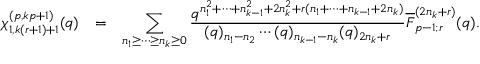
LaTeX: \begin{array} { r c l } { { \chi _ { 1 , k ( r + 1 ) + 1 } ^ { ( p , k p + 1 ) } ( q ) } } & { { = } } & { { \displaystyle \sum _ { n _ { 1 } \geq \cdots \geq n _ { k } \geq 0 } \frac { q ^ { n _ { 1 } ^ { 2 } + \cdots + n _ { k - 1 } ^ { 2 } + 2 n _ { k } ^ { 2 } + r ( n _ { 1 } + \cdots + n _ { k - 1 } + 2 n _ { k } ) } } { ( q ) _ { n _ { 1 } - n _ { 2 } } \cdots ( q ) _ { n _ { k - 1 } - n _ { k } } ( q ) _ { 2 n _ { k } + r } } \overline { { { F } } } _ { p - 1 ; r } ^ { ( 2 n _ { k } + r ) } ( q ) . } } \end{array}